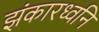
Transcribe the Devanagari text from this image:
झंकारध्वनि